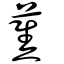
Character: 蕉